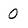
Character: 0